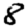
Digit: 8